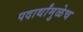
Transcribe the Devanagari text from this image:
पदार्थांमुळेच